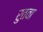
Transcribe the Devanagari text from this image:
रुतवा